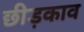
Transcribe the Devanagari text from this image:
छीड़काव